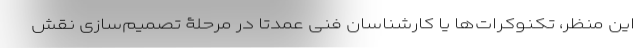
این منظر، تکنوکرات‌ها یا کارشناسان فنی عمدتا در مرحلۀ تصمیم‌سازی نقش